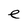
Character: e